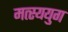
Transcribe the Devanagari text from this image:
मत्स्ययुग